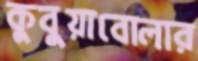
কুবুয়াবোলার